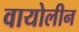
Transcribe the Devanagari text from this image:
वायोलीन